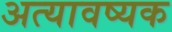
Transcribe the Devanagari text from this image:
अत्यावष्यक